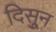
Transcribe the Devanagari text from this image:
दिसुून